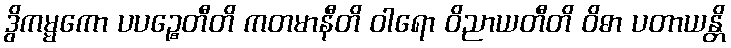
ဒွိကမ္မကော ပပဉ္စေတီတိ ကတမာနီတိ ဝါရော ဝိညာယတီတိ ဝိဓာ ပတာယန္တိ